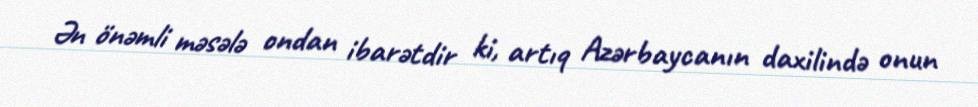
Ən önəmli məsələ ondan ibarətdir ki, artıq Azərbaycanın daxilində onun